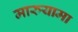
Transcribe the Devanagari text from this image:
मारुयामा